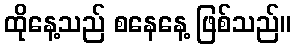
ထိုနေ့သည် စနေနေ့ ဖြစ်သည်။